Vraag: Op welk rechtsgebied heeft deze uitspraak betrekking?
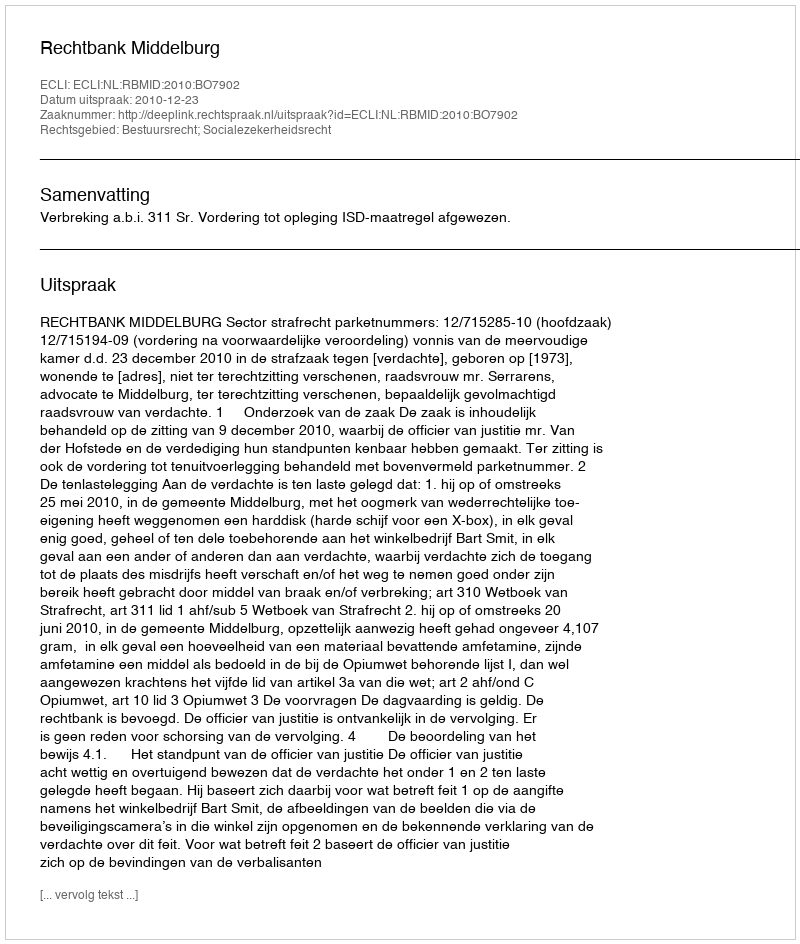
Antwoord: Bestuursrecht; Socialezekerheidsrecht